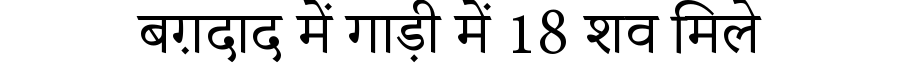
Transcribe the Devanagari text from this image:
बग़दाद में गाड़ी में 18 शव मिले